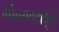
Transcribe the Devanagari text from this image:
मोल्सवर्थकृत